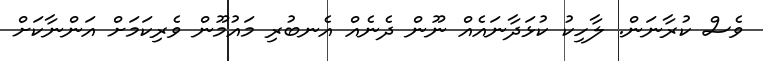
ވެސް ކުރާނަން. ލާހިކު ކުޅަދާނައެއް ނޫން ދެނެއް އެނބުރި މައުމޫން ވެރިކަމަށް އަންނާކަށް